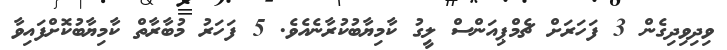
ވިދިވިދިގެން 3 ފަހަރަށް ޗެމްޕިއަންސް ލީގު ކާމިޔާބުކުރާނެއެވެ. 5 ފަހަރު މުބާރާތް ކާމިޔާބުކޮށްފައިވާ